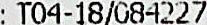
: T04-18/084227